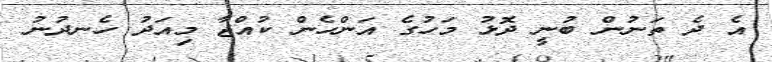
އެ ދެ ތަނުން ބުނީ ދޮޅު މަހުގެ އަންހެން ކުއްޖާ މިއަދު ހެނދުނު